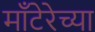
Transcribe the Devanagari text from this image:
माँटेरेच्या